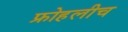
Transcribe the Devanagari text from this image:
फ्रोहलीच